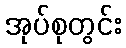
အုပ်စုတွင်း